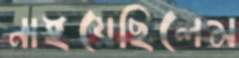
নাইয়েছিলেম